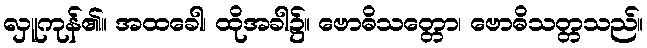
လှူကုန်၏။ အထခေါ၊ ထိုအခါ၌။ ဗောဓိသတ္တော၊ ဗောဓိသတ္တသည်။